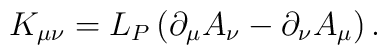
K_{\mu \nu }=L_P\left( \partial _\mu A_\nu -\partial _\nu A_\mu\right) .